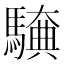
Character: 𮪖